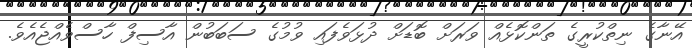
އޭނާގެ ނިތްކުރީގެ ތަންކޮޅެއް ވަރަށް ބޮޑަށް ދުޅަވެފައި ވުމުގެ ސަބަބުން އާސިފް ހާސްވެއްޖެއެވެ.